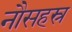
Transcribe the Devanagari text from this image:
नौसहस्र